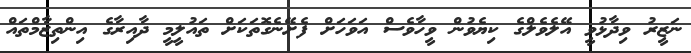
ނަޒީރު ވިދާޅުވީ އޭލެވެލްގެ ކިޔެވުން ވީހާވެސް އަވަހަށް ފެށޭނެގޮތަކަށް ތައުލީމީ ދާއިރާގެ އިންތިޒާމްތައް